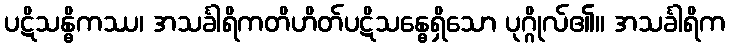
ပဋိသန္ဓိကဿ၊ အသင်္ခါရိကတိဟိတ်ပဋိသန္ဓေရှိသော ပုဂ္ဂိုလ်၏။ အသင်္ခါရိက